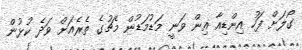
ގޯލަށް ފަހު އިންޑިއާ އިން ވަނީ މަޑުމަޑުން މެޗުގެ ތެރެއަށް ވަދެ ކުޅުން